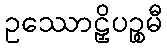
ဥဿောဠှိပဉ္စမီ